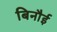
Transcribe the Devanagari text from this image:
बिनौई